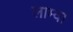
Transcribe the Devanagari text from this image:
लाम्वा